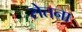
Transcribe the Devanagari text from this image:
सेतना